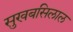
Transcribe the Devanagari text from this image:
सुखबसिलाल